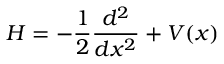
H = - \frac 1 2 \frac { d ^ { 2 } } { d x ^ { 2 } } + V ( x )